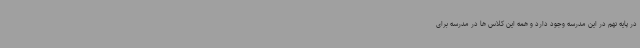
در پایه نهم در این مدرسه وجود دارد و همه این کلاس ها در مدرسه برای